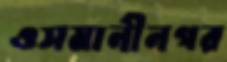
ওসমানীনগর